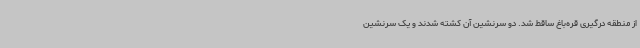
از منطقه درگیری قره‌باغ ساقط شد. دو سرنشین آن کشته شدند و یک سرنشین